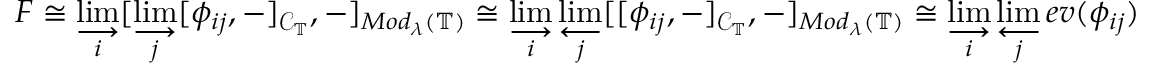
F \cong \varinjlim _ { i } [ \varinjlim _ { j } [ \phi _ { i j } , - ] _ { \mathcal { C } _ { \mathbb { T } } } , - ] _ { M o d _ { \lambda } ( \mathbb { T } ) } \cong \varinjlim _ { i } \varprojlim _ { j } [ [ \phi _ { i j } , - ] _ { \mathcal { C } _ { \mathbb { T } } } , - ] _ { M o d _ { \lambda } ( \mathbb { T } ) } \cong \varinjlim _ { i } \varprojlim _ { j } e v ( \phi _ { i j } )